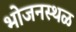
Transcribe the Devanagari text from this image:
भोजनस्थळ